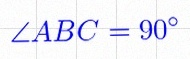
\angle ABC=90^\circ